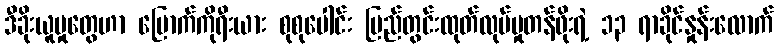
ဒီခိုးယူမှုတွေဟာ မြောက်ကိုရီးယား စုစုပေါင်း ပြည်တွင်းထုတ်လုပ်မှုတန်ဖိုးရဲ့ ၁၃ ရာခိုင်နှုန်းလောက်